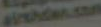
airthden.com